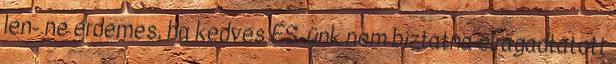
len- ne érdemes, ha kedves ÉS-ünk nem bíztatna elragadtatott